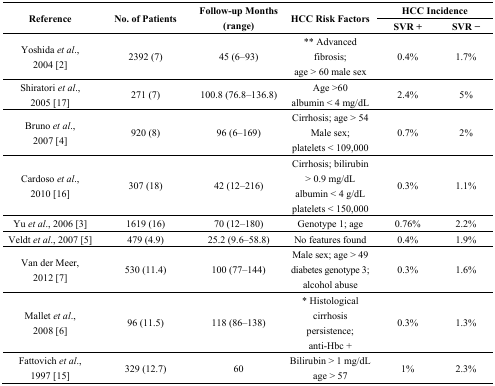
<table><thead><tr><td rowspan="2"><b>Reference</b></td><td rowspan="2"><b>No. of Patients</b></td><td rowspan="2"><b>Follow-up Months (range)</b></td><td rowspan="2"><b>HCC Risk Factors</b></td><td colspan="2"><b>HCC Incidence</b></td></tr><tr><td><b>SVR +</b></td><td><b>SVR −</b></td></tr></thead><tbody><tr><td>Yoshida <i>et al</i>., 2004 [2] </td><td>2392 (7)</td><td>45 (6–93)</td><td>** Advanced fibrosis; age &gt; 60 male sex</td><td>0.4%</td><td>1.7%</td></tr><tr><td>Shiratori <i>et al</i>., 2005 [17]</td><td>271 (7)</td><td>100.8 (76.8–136.8)</td><td>Age &gt; 60 albumin &lt; 4 mg/dL</td><td>2.4%</td><td>5%</td></tr><tr><td>Bruno <i>et al</i>., 2007 [4]</td><td>920 (8)</td><td>96 (6–169)</td><td>Cirrhosis; age &gt; 54 Male sex; platelets &lt; 109,000</td><td>0.7%</td><td>2%</td></tr><tr><td>Cardoso <i>et al</i>., 2010 [16]</td><td>307 (18)</td><td>42 (12–216)</td><td>Cirrhosis; bilirubin &gt; 0.9 mg/dL albumin &lt; 4 g/dL platelets &lt; 150,000</td><td>0.3%</td><td>1.1%</td></tr><tr><td>Yu <i>et al</i>., 2006 [3]</td><td>1619 (16)</td><td>70 (12–180)</td><td>Genotype 1; age </td><td>0.76%</td><td>2.2%</td></tr><tr><td>Veldt <i>et al</i>., 2007 [5]</td><td>479 (4.9)</td><td>25.2 (9.6–58.8)</td><td>No features found</td><td>0.4%</td><td>1.9%</td></tr><tr><td>Van der Meer, 2012 [7]</td><td>530 (11.4)</td><td>100 (77–144) </td><td>Male sex; age &gt; 49 diabetes genotype 3; alcohol abuse</td><td>0.3%</td><td>1.6%</td></tr><tr><td>Mallet <i>et al</i>., 2008 [6]</td><td>96 (11.5)</td><td>118 (86–138)</td><td>* Histological cirrhosis persistence; anti-Hbc +</td><td>0.3%</td><td>1.3%</td></tr><tr><td>Fattovich <i>et al</i>., 1997 [15]</td><td>329 (12.7)</td><td>60</td><td>Bilirubin &gt; 1 mg/dL age &gt; 57</td><td>1%</td><td>2.3%</td></tr></tbody></table>